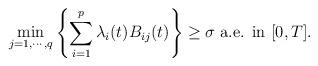
LaTeX: \begin{align*}{}\min_{j=1,\cdots ,q}\left\{\sum_{i=1}^{p}\lambda_{i}(t)B_{ij}(t)\right\}\geq\sigma\mbox{ a.e. in $[0,T]$}.\end{align*}